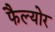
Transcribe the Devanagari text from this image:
फैल्योर